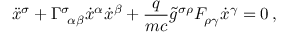
\ddot { x } ^ { \sigma } + { \Gamma } _ { \, \, \, \alpha \beta } ^ { \sigma } \dot { x } ^ { \alpha } \dot { x } ^ { \beta } + \frac { q } { m c } \tilde { g } ^ { \sigma \rho } F _ { \rho \gamma } \dot { x } ^ { \gamma } = 0 \, { , }